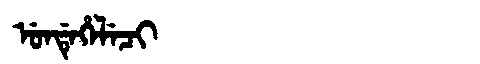
Manchu: ᡠᠨᡩᡝᡥᡝᠯᡝᠴᡳ
Romanization: UNDEHELECI